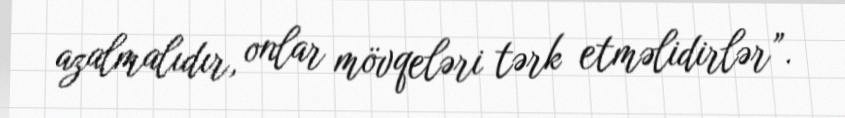
azalmalıdır, onlar mövqeləri tərk etməlidirlər”.